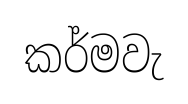
කර්මවැ